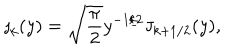
\mathsf { j } _ { k } ( y ) = \sqrt { \frac { \pi } { 2 } } y ^ { - 1 / 2 } \mathsf { J } _ { k + 1 / 2 } ( y ) , \quad